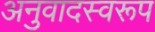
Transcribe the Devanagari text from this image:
अनुवादस्वरूप